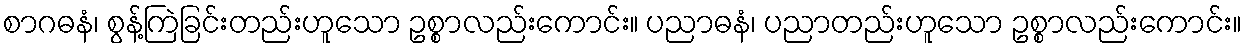
စာဂဓနံ၊ စွန့်ကြဲခြင်းတည်းဟူသော ဥစ္စာလည်းကောင်း။ ပညာဓနံ၊ ပညာတည်းဟူသော ဥစ္စာလည်းကောင်း။